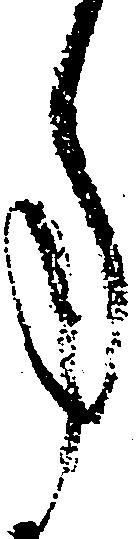
事